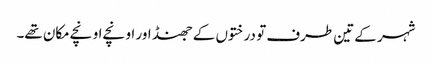
شہر کے تین طرف تو درختوں کے جھنڈ اور اونچے اونچے مکان تھے۔